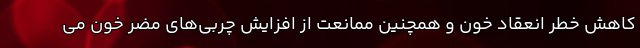
کاهش خطر انعقاد خون و همچنین ممانعت از افزایش چربی‌های مضر خون می